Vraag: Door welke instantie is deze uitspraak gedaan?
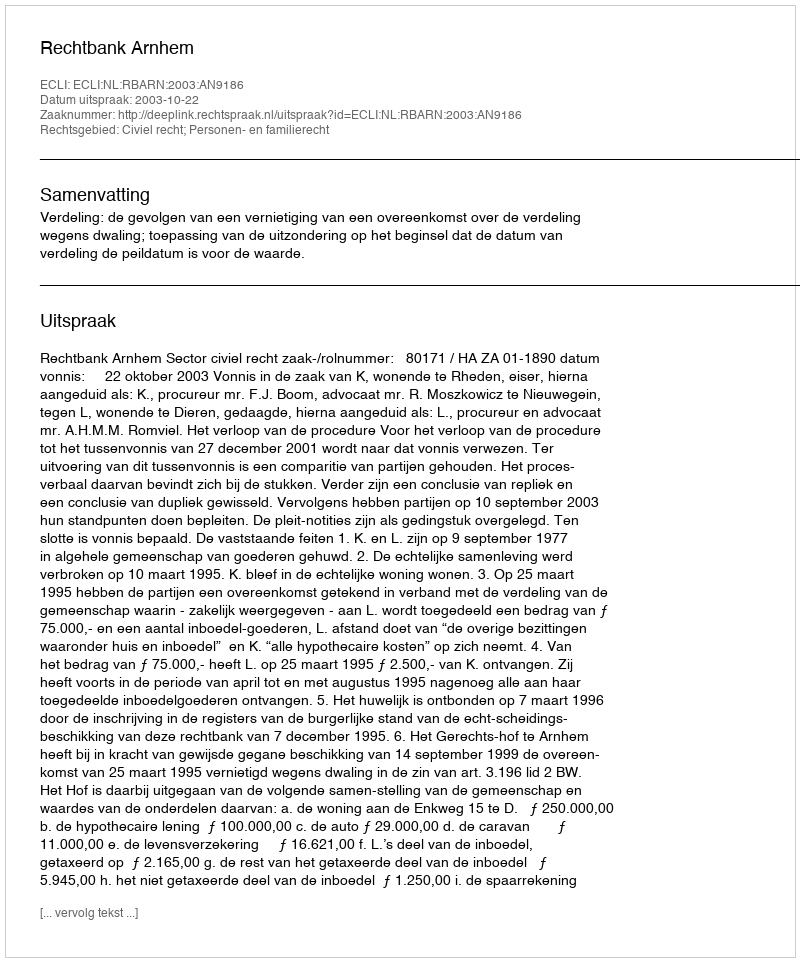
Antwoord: Rechtbank Arnhem